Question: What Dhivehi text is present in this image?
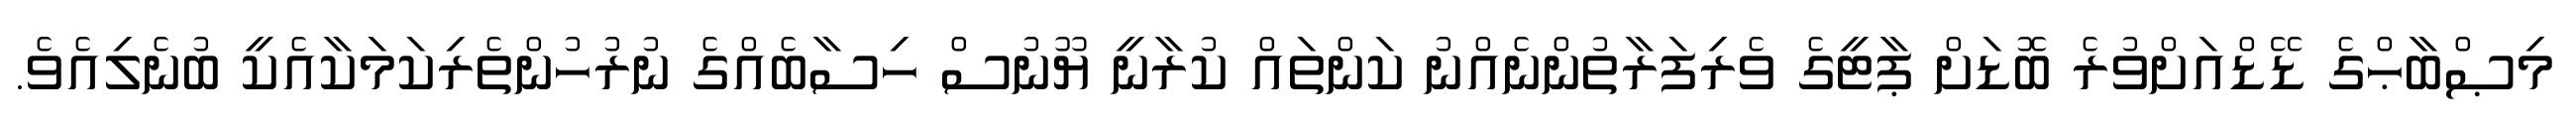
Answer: މިޞްބާޙްގެ ޑޭޑްއަށްވުރެ ބޮޑަށް ޕާޓީގެ ވެރިފަރާތުންނެއްނު ކަންތައް ކުރާނީ ޔޫނުސް ހިސާބެއްގެ ނުރުހުންތެރިކަމަކާއެކީ ބުނެލިއެވެ.